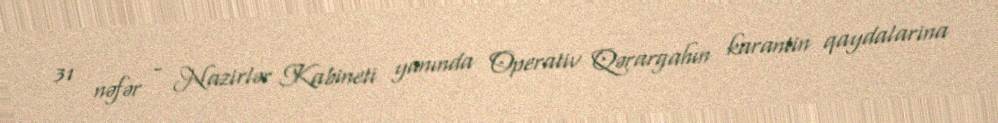
31 nəfər - Nazirlər Kabineti yanında Operativ Qərargahın karantin qaydalarina